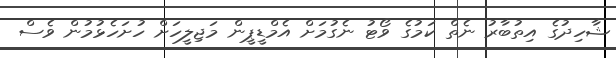
ޝާހިދުގެ އިތުބާރު ނެތް ކަމުގެ ވޯޓު ނެގުމަށް އެމްޑީޕީން މަޖިލީހަށް ހުށަހެޅުމުން ވެސް